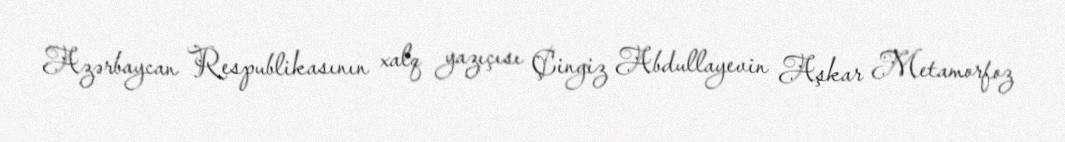
Azərbaycan Respublikasının xalq yazıçısı Çingiz Abdullayevin Aşkar Metamorfoz